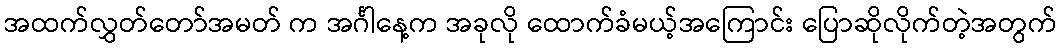
အထက်လွှတ်တော်အမတ် က အင်္ဂါနေ့က အခုလို ထောက်ခံမယ့်အကြောင်း ပြောဆိုလိုက်တဲ့အတွက်